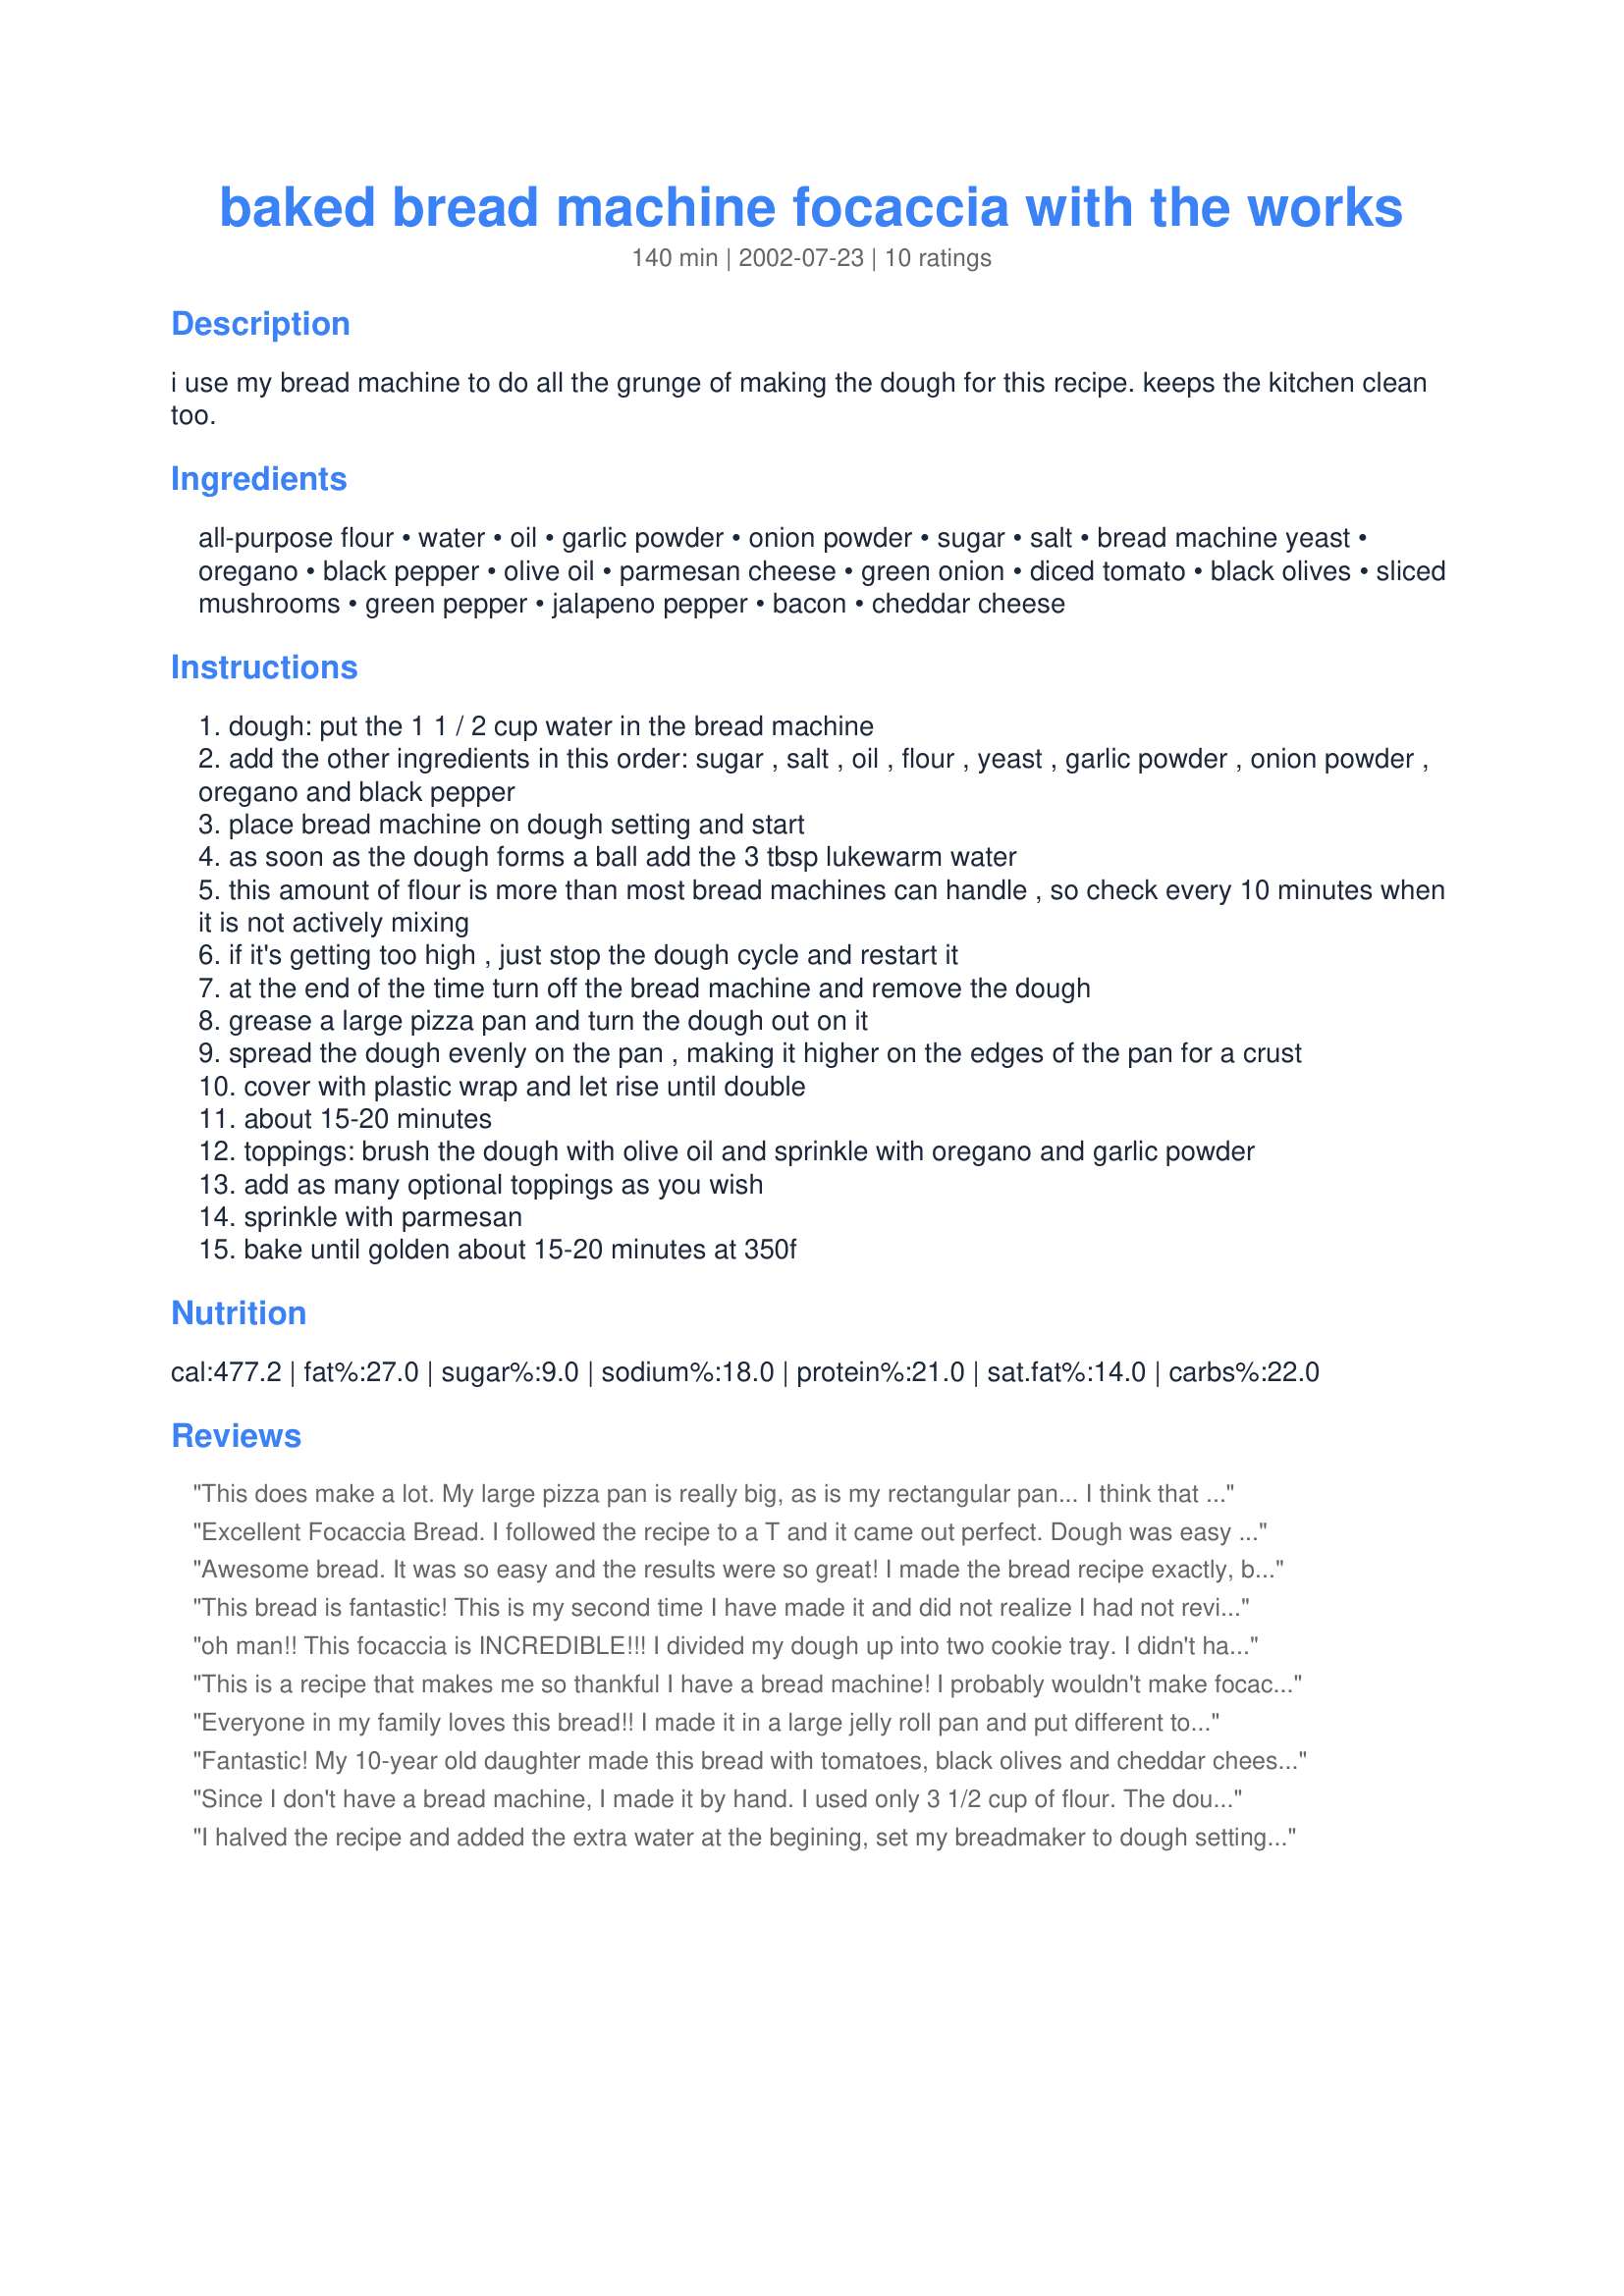
baked bread machine focaccia with the works
Preparation time: 140 minutes

i use my bread machine to do all the grunge of making the dough for this recipe. keeps the kitchen clean too.

Ingredients:
all-purpose flour, water, oil, garlic powder, onion powder, sugar, salt, bread machine yeast, oregano, black pepper, olive oil, parmesan cheese, green onion, diced tomato, black olives, sliced mushrooms, green pepper, jalapeno pepper, bacon, cheddar cheese

Steps:
dough: put the 1 1 / 2 cup water in the bread machine
add the other ingredients in this order: sugar , salt , oil , flour , yeast , garlic powder , onion powder , oregano and black pepper
place bread machine on dough setting and start
as soon as the dough forms a ball add the 3 tbsp lukewarm water
this amount of flour is more than most bread machines can handle , so check every 10 minutes when it is not actively mixing
if it's getting too high , just stop the dough cycle and restart it
at the end of the time turn off the bread machine and remove the dough
grease a large pizza pan and turn the dough out on it
spread the dough evenly on the pan , making it higher on the edges of the pan for a crust
cover with plastic wrap and let rise until double
about 15-20 minutes
toppings: brush the dough with olive oil and sprinkle with oregano and garlic powder
add as many optional toppings as you wish
sprinkle with parmesan
bake until golden about 15-20 minutes at 350f

Reviews:
This does make a lot. My large pizza pan is really big, as is my rectangular pan... I think that a jelly roll pan is too small. OOPS I should probably have indicated this...

The cheese on top is what should make it golden. It always has for me.

Also,it makes up nice as a bread loaf too (cooking time will change)...
Excellent Focaccia Bread. I followed the recipe to a T and it came out perfect. Dough was easy to work with. My house smelled so good while this was cooking. My topping was a simple just Kosher Salt and Parmesan Cheese. Made to go with recipe #339948 Thanks Pixie. :)
Awesome bread. It was so easy and the results were so great! I made the bread recipe exactly, but I didn't have any parmesan and I didn't use any additional toppings. It was still so good! I'm going to buy parmesan today for the next time I make it, which will be very soon. Thanks Pixie!
This bread is fantastic! This is my second time I have made it and did not realize I had not review before. Yes it makes alot but believe me it does not go to waste. A gooey mess when making but the smells just from the dough is enough to make it worth it, then wait till you actually bake this bread the aroma is all over the house and it is wonderful, only second to the taste. Obiously a winner and will be made again & again in this house.
oh man!! This focaccia is INCREDIBLE!!! I divided my dough up into two cookie tray. I didn't have any garlic powder, so I minced up a head of garlic really fine and added it into the bread maker along with the flour and everything else. 

As for topping, I added some tomato paste, Mirj's Oven-Dried Tomatoes #14681, more minced garlic, some minced onion, mushrooms, and a generous sprinkle of oregano and basil and popped it into the oven. Once the bread was done, I turned off the oven, and just added a couple of thinly sliced processed cheese on the top. 

Eating it while I am reviewing it...best focaccia ever!! I think I will go home and make another batch, don't think it will last the day. Darn should have brought more to work.
This is a recipe that makes me so thankful I have a bread machine! I probably wouldn't make focaccia without it but I will be making this focaccia often. Excellent and easy! I added the full amount of water right at the beginning...it made for a sticky dough in the end but your suggestion to oil your hands took care of that. To slightly lower the fat I used very little olive oil to top the bread and then just parmesan cheese and chives from my garden. For my personal taste I will reduce the amount of onion and garlic powder next time. I would make a meal out of this adding just a salad with some protein. Thank you, Pixie, for a fabulous keeper recipe!
Everyone in my family loves this bread!!
I made it in a large jelly roll pan and put different toppings on each half, so it was like having 2 flavors. Had to cook it twice as long and it never got golden. Next time I'll make it with 2 pans so the bread is thinner. THANKS for a family favorite.
Fantastic! My 10-year old daughter made this bread with tomatoes, black olives and cheddar cheese. We loved the soft texture and spice mix in the bread and on top. We submitted a picture of the bread on a cooling rack that hopefully will be posted soon.
Since I don't have a bread machine, I made it by hand. I used only 3 1/2 cup of flour. The dough is a dream to work with. I forgot the 3 Tablespoons water step but it still came out great . The bread came out nice and soft. My crust didn't come out crispy but soft also. For topping, I brushed mine with olive oil, sprinkle on 1 teaspoon of Kosher salt, and added some crushed oregano. So tasty. Thank you for a great recipe.
I halved the recipe and added the extra water at the begining, set my breadmaker to dough setting and let it get on with it. Turned out wonderful, well risen, great crust. This time I made it with just the basic toppings, next time I will add a few add-ons. Great recipe Pixie, thanks for sharing

Edited to say I have made this again at the weekend and used it like pizza dough and put the traditional tomato and cheese topping and it was fantastic!! A definate keeper
